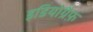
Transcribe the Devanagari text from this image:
इडियोग्रैफ़